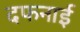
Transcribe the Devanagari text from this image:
दफनाई